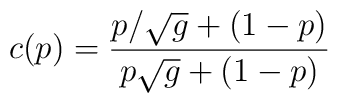
c(p) = { p / \sqrt{g} + (1-p) \over p \sqrt{g} + (1 - p)}